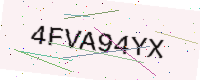
Text: 4FVA94YX